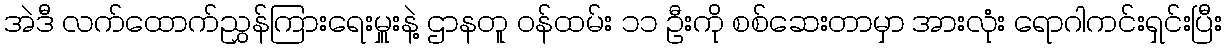
အဲဒီ လက်ထောက်ညွှန်ကြားရေးမှူးနဲ့ ဌာနတူ ဝန်ထမ်း ၁၁ ဦးကို စစ်ဆေးတာမှာ အားလုံး ရောဂါကင်းရှင်းပြီး